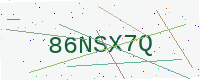
Text: 86NSX7Q